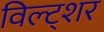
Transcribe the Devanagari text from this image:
विल्ट्शर